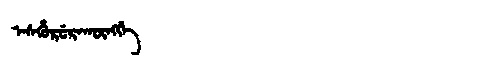
Manchu: ᡝᠰᡥᡠᡵᡠᡵᠠᡴᡡᠩᡤᡝ
Romanization: ESHURURAKŪNGGE